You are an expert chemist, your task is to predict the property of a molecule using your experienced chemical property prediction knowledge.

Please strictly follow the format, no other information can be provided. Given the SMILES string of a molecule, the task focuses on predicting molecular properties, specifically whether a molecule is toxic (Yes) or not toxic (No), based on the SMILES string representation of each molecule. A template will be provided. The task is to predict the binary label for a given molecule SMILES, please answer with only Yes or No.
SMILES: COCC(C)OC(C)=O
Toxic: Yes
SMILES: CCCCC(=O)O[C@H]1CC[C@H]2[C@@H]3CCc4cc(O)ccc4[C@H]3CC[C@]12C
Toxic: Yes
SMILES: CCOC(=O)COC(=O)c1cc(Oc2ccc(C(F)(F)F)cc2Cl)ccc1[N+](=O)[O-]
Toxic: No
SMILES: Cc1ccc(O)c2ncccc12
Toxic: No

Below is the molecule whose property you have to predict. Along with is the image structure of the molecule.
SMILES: CCCCCCCCCCCCOCCCN
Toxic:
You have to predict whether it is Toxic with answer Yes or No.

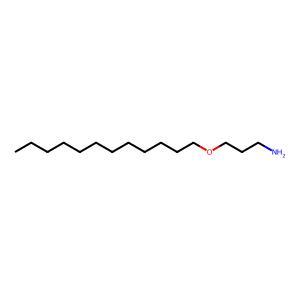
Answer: No